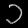
Digit: ၁